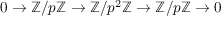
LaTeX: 0 \to \mathbb { Z } / p \mathbb { Z } \to \mathbb { Z } / p ^ { 2 } \mathbb { Z } \to \mathbb { Z } / p \mathbb { Z } \to 0